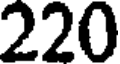
220